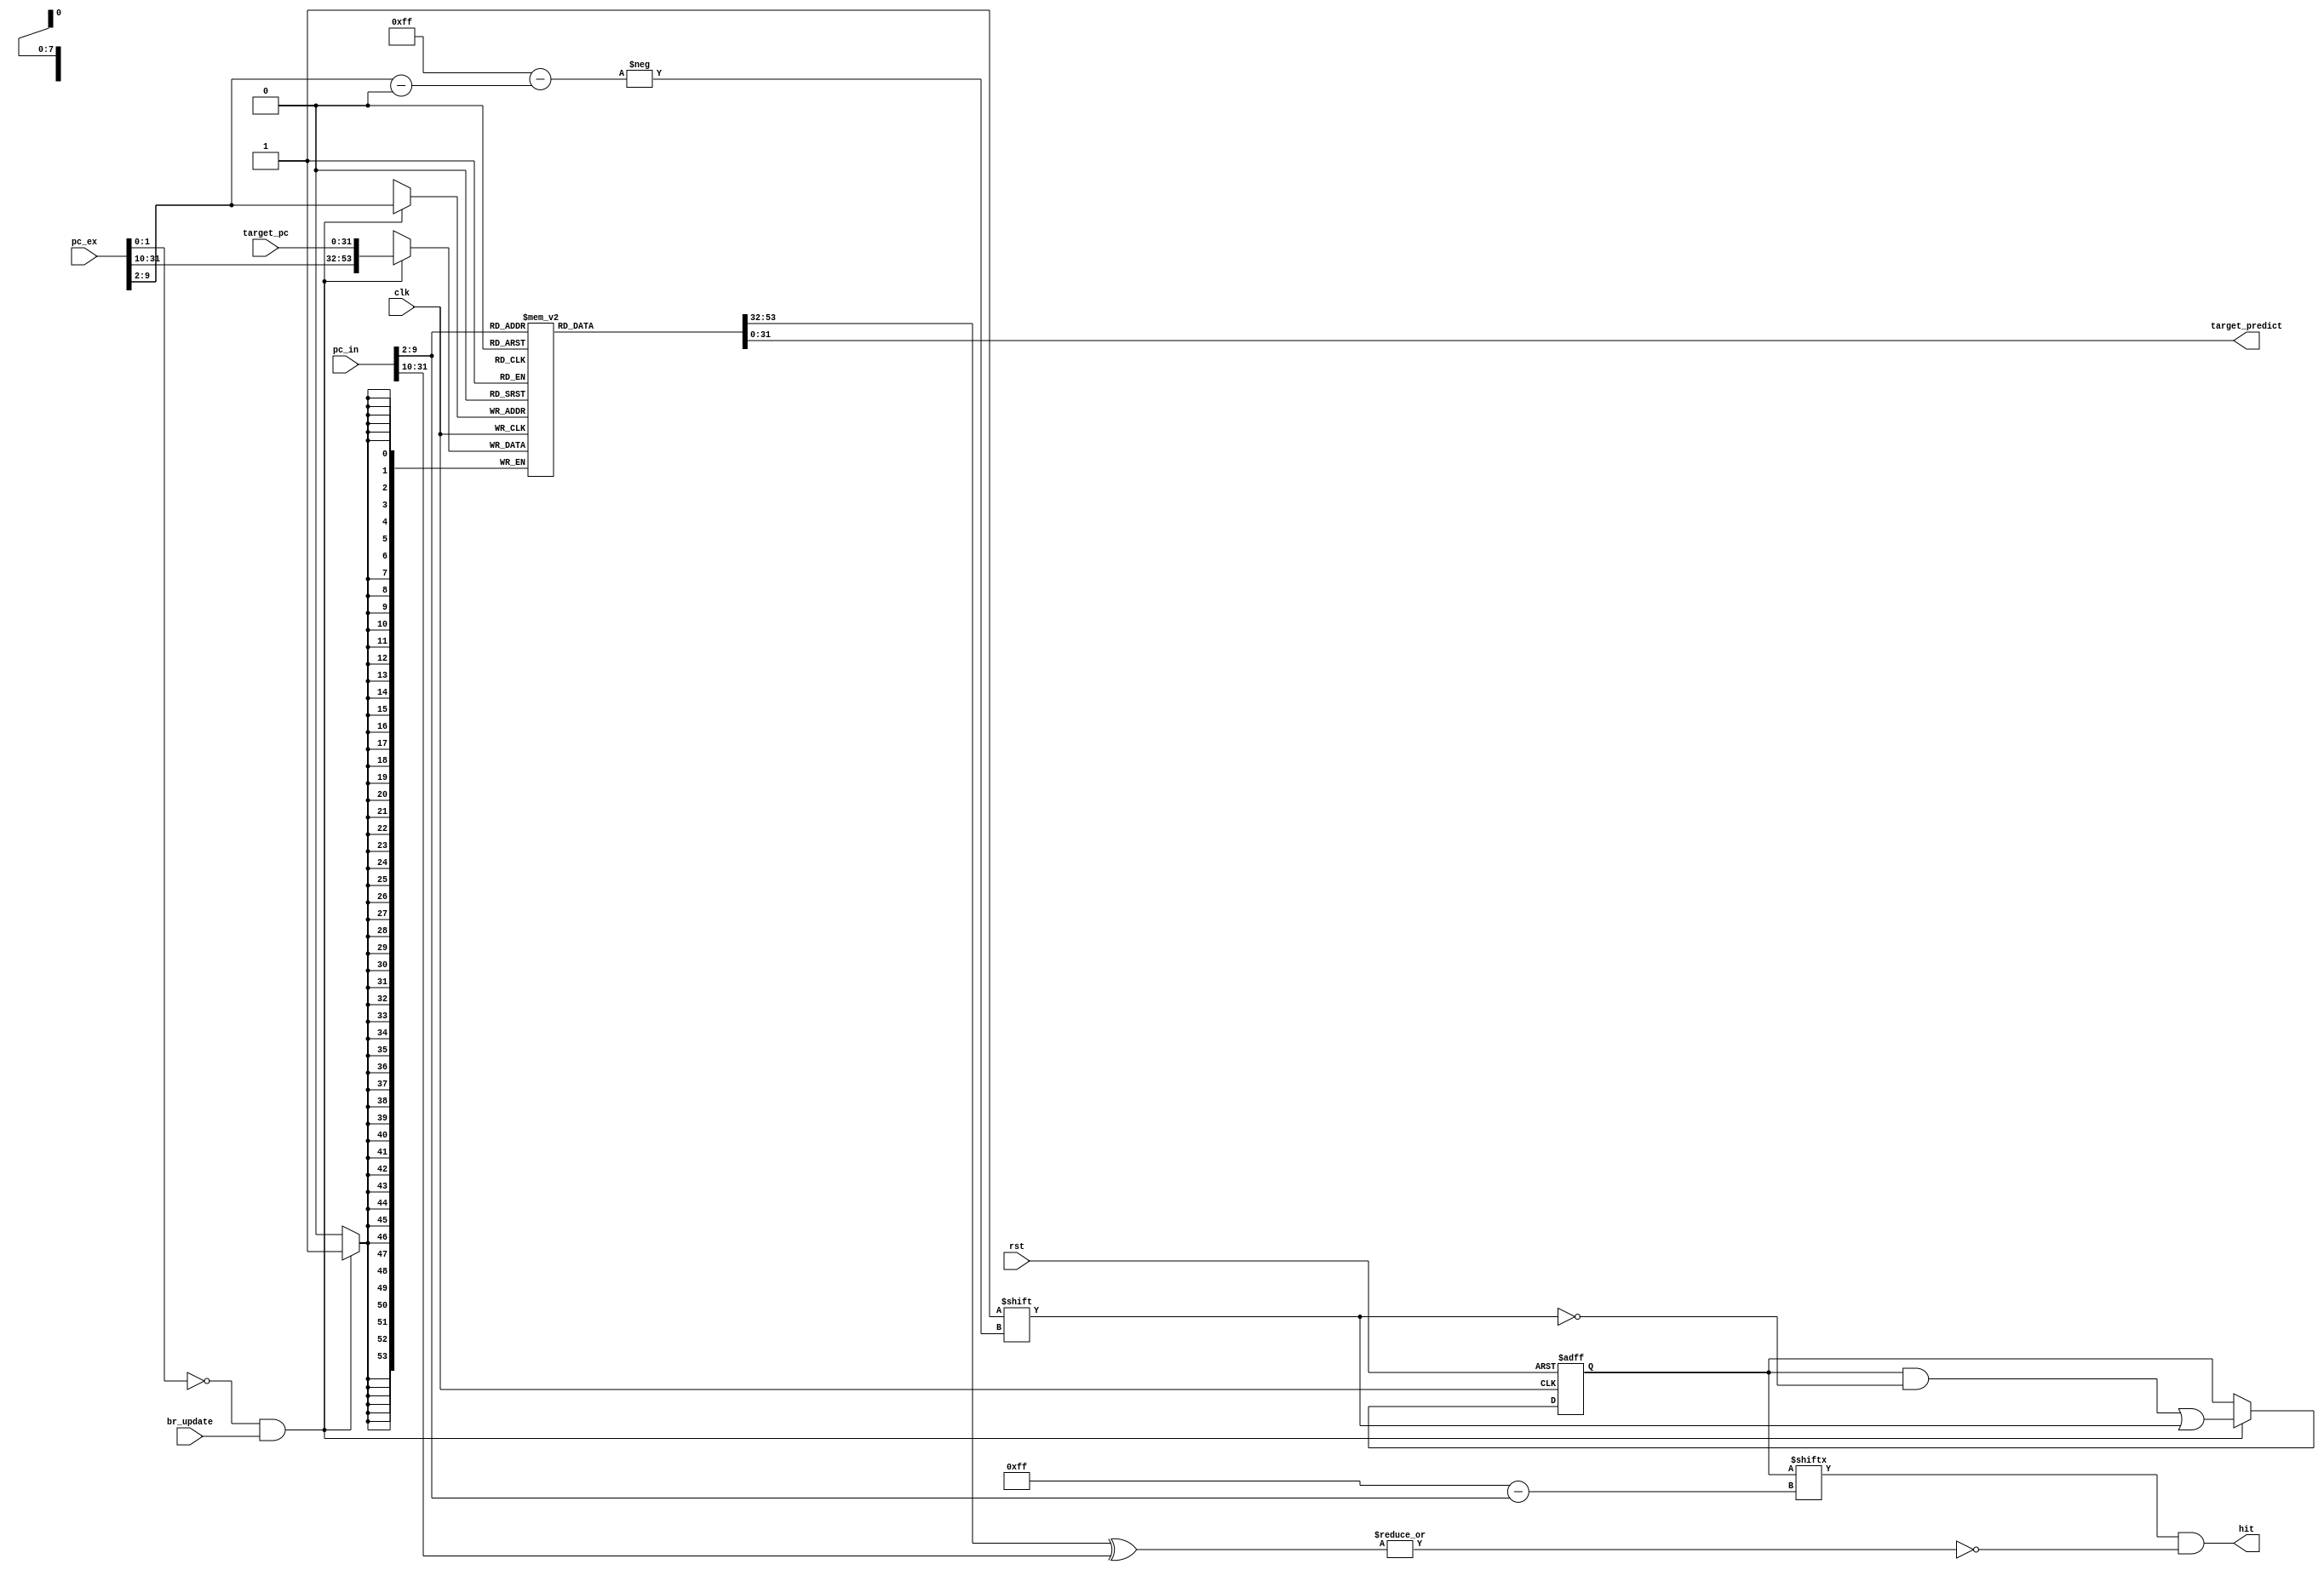
module BTB(
	input								clk,
	input								rst,          
	input								br_update,      //signal for informing updating in BTB
	input			[31:0]			target_pc,      //target address after execute state 
	input			[31:0]			pc_in,          //input address to BTB
	input			[31:0]			pc_ex,          //address of the branch instruction 
	output      [31:0]			target_predict, //predict address from BTB when having input address
	output       					hit             //signal for identifying stored address in BTB
);
//Parameters
parameter BTB_TAG_LENGTH = 22;
parameter PC_LENGTH=32;

//Declaration
reg [BTB_TAG_LENGTH+PC_LENGTH-1:0] BTB_array [0:255];  
reg [0:255] valid;
wire avai_bit;
wire valid_bit;

//Program
always @ (posedge clk or posedge rst)
	begin
	   if (rst)
			begin
			    valid <= 0;
			end
		else if ((pc_ex[1:0]==2'b00)&&(br_update))
			begin
				 valid[pc_ex[9:2]]<=1;
			end
	end
always @ (posedge clk)
	begin
		if ((pc_ex[1:0]==2'b00)&&(br_update))
		begin
		    BTB_array[pc_ex[9:2]] <= {pc_ex[31:10],target_pc};
		end
	end
assign target_predict = BTB_array[pc_in[9:2]][31:0];
assign avai_bit = ~|(BTB_array[pc_in[9:2]][53:32] ^ pc_in[31:10]);
assign valid_bit = valid[pc_in[9:2]];
assign hit = valid_bit & avai_bit; 
endmodule